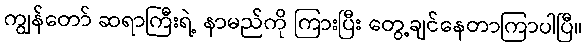
ကျွန်တော် ဆရာကြီးရဲ့ နာမည်ကို ကြားပြီး တွေ့ချင်နေတာကြာပါပြီ။